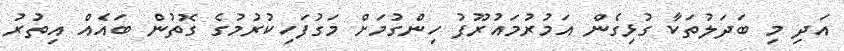
އަދި މި ބަދަލުތަކާ ގުޅިގެން އަމުރުމައުރޫފު ހިންގުމަށް މަގުފަހިކުރުމުގެ ގޮތުން ބައެއް އިތުރު